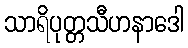
သာရိပုတ္တသီဟနာဒေါ